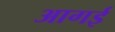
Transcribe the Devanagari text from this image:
आगई